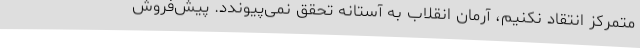
متمرکز انتقاد نکنیم، آرمان انقلاب به آستانه تحقق نمی‌پیوندد. پیش‌فروش